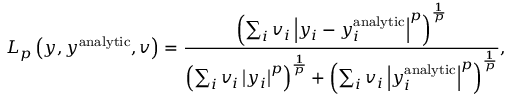
L _ { p } \left( y , y ^ { \mathrm { a n a l y t i c } } , v \right) = \frac { \left( \sum _ { i } v _ { i } \left| y _ { i } - y _ { i } ^ { \mathrm { a n a l y t i c } } \right| ^ { p } \right) ^ { \frac { 1 } { p } } } { \left( \sum _ { i } v _ { i } \left| y _ { i } \right| ^ { p } \right) ^ { \frac { 1 } { p } } + \left( \sum _ { i } v _ { i } \left| y _ { i } ^ { \mathrm { a n a l y t i c } } \right| ^ { p } \right) ^ { \frac { 1 } { p } } } ,